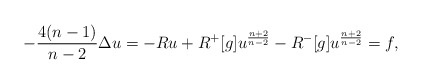
\begin{align*}-\frac {4(n-1)}{n-2}\Delta u = -R u + R^+[g] u^\frac {n+2}{n-2} - R^-[g] u^\frac {n+2}{n-2} = f ,\end{align*}